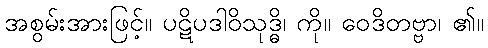
အစွမ်းအားဖြင့်။ ပဋိပဒါဝိသုဒ္ဓိ၊ ကို။ ဝေဒိတဗ္ဗာ၊ ၏။